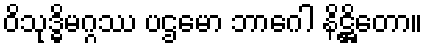
ဝိသုဒ္ဓိမဂ္ဂဿ ပဌမော ဘာဂေါ နိဋ္ဌိတော။